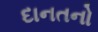
દાનતનો